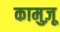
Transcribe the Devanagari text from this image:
कामुज़ू